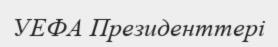
УЕФА Президенттері